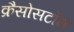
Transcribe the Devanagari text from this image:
क्रैसोसटॉम